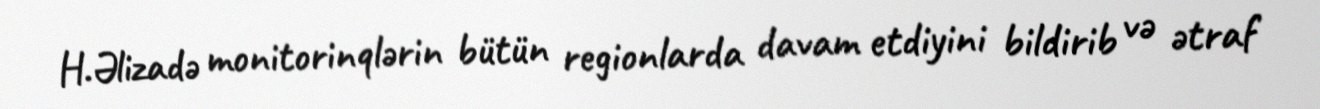
H.Əlizadə monitorinqlərin bütün regionlarda davam etdiyini bildirib və ətraf